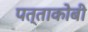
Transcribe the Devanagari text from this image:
पत्ताकोबी